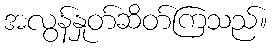
အလွန်နှုတ်ဆိတ်ကြသည်။